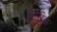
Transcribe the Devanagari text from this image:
मैटरीक